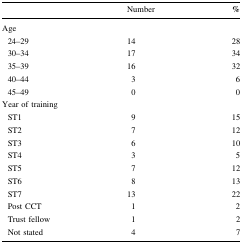
<table><thead><tr><td></td><td><b>Number</b></td><td><b>%</b></td></tr></thead><tbody><tr><td colspan="3">Age</td></tr><tr><td> 24–29</td><td>14</td><td>28</td></tr><tr><td> 30–34</td><td>17</td><td>34</td></tr><tr><td> 35–39</td><td>16</td><td>32</td></tr><tr><td> 40–44</td><td>3</td><td>6</td></tr><tr><td> 45–49</td><td>0</td><td>0</td></tr><tr><td colspan="3">Year of training</td></tr><tr><td> ST1</td><td>9</td><td>15</td></tr><tr><td> ST2</td><td>7</td><td>12</td></tr><tr><td> ST3</td><td>6</td><td>10</td></tr><tr><td> ST4</td><td>3</td><td>5</td></tr><tr><td> ST5</td><td>7</td><td>12</td></tr><tr><td> ST6</td><td>8</td><td>13</td></tr><tr><td> ST7</td><td>13</td><td>22</td></tr><tr><td> Post CCT</td><td>1</td><td>2</td></tr><tr><td> Trust fellow</td><td>1</td><td>2</td></tr><tr><td> Not stated</td><td>4</td><td>7</td></tr></tbody></table>